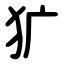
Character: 犷